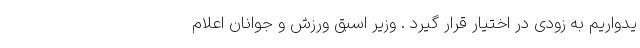
یدواریم به زودی در اختیار قرار گیرد . وزیر اسبق ورزش و جوانان اعلام